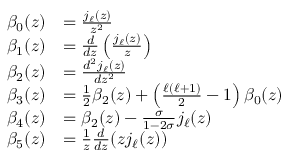
\begin{array} { r l } { \beta _ { 0 } ( z ) } & { = \frac { j _ { \ell } ( z ) } { z ^ { 2 } } } \\ { \beta _ { 1 } ( z ) } & { = \frac { d } { d z } \left( \frac { j _ { \ell } ( z ) } { z } \right) } \\ { \beta _ { 2 } ( z ) } & { = \frac { d ^ { 2 } j _ { \ell } ( z ) } { d z ^ { 2 } } } \\ { \beta _ { 3 } ( z ) } & { = \frac { 1 } { 2 } \beta _ { 2 } ( z ) + \left( \frac { \ell ( \ell + 1 ) } { 2 } - 1 \right) \beta _ { 0 } ( z ) } \\ { \beta _ { 4 } ( z ) } & { = \beta _ { 2 } ( z ) - \frac { \sigma } { 1 - 2 \sigma } j _ { \ell } ( z ) } \\ { \beta _ { 5 } ( z ) } & { = \frac 1 z \frac { d } { d z } ( z j _ { \ell } ( z ) ) } \end{array}